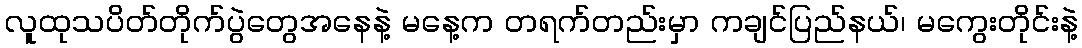
လူထုသပိတ်တိုက်ပွဲတွေအနေနဲ့ မနေ့က တရက်တည်းမှာ ကချင်ပြည်နယ်၊ မကွေးတိုင်းနဲ့